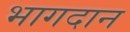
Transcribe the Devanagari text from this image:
भागदान